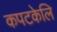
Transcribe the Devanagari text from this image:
कपटकेलि